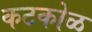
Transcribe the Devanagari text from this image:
कटकोळ